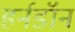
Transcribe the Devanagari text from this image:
हर्नडॉन